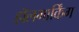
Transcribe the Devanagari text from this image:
हॉलमार्किंग